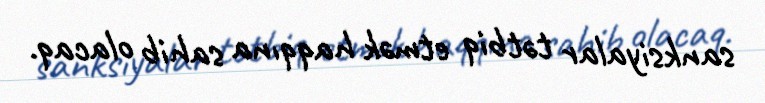
sanksiyalar tətbiq etmək haqqına sahib olacaq.